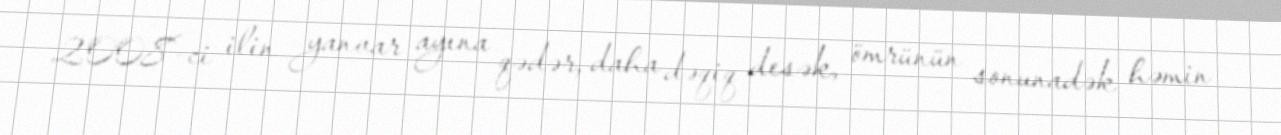
2008-ci ilin yanvar ayına qədər, daha dəqiq desək, ömrünün sonunadək həmin